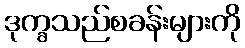
ဒုက္ခသည်စခန်းများကို